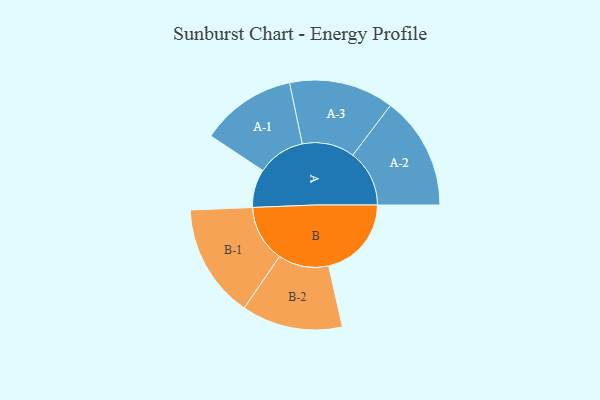
{"axis": {"x": "Segment", "y": "Value"}, "legend": ["", "A", "B"], "data": [{"x": "A", "y": 202, "type": ""}, {"x": "B", "y": 436, "type": ""}, {"x": "A-1", "y": 252, "type": "A"}, {"x": "A-2", "y": 298, "type": "A"}, {"x": "A-3", "y": 276, "type": "A"}, {"x": "B-1", "y": 300, "type": "B"}, {"x": "B-2", "y": 266, "type": "B"}]}